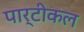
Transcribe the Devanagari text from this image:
पार्टीकल